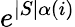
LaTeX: e^{|S|\alpha(i)}